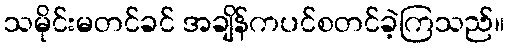
သမိုင်းမတင်ခင် အချိန်ကပင်စတင်ခဲ့ကြသည်။